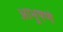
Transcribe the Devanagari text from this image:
आभुषणे